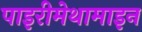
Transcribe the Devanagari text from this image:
पाइरीमेथामाइन